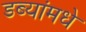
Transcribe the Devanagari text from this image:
डब्यांमधे